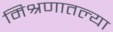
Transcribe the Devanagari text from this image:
मिश्रणातल्या